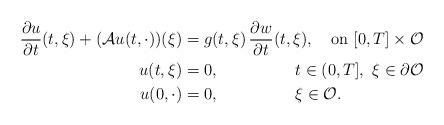
LaTeX: \begin{align*}\frac{\partial u}{\partial t}(t,\xi)+(\mathcal{A}u(t,\cdot))(\xi)&=g(t,\xi)\,\frac{\partial w}{\partial t}(t,\xi), \ \ \mbox{ on} \ [0,T]\times\mathcal{O}\\u(t,\xi)&=0, \ \ \ \ \ \ \ \ \ \ \ \ \ \ t\in (0,T], \ \xi\in\partial \mathcal{O}\\u(0,\cdot)&=0, \ \ \ \ \ \ \ \ \ \ \ \ \ \ \xi\in\mathcal{O}.\end{align*}